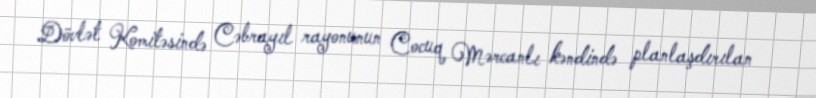
Dövlət Komitəsində Cəbrayıl rayonunun Cocuq Mərcanlı kəndində planlaşdırılan